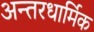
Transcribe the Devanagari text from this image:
अन्तरधार्मिक